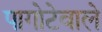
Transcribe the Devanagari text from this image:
पागोटेवाले